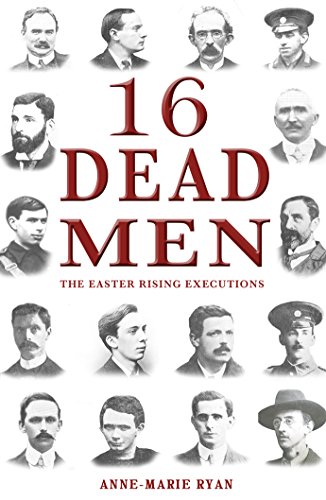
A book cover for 16 Dead Men: The Easter Rising Executions; Anne-Marie Ryan; Biographies & Memoirs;